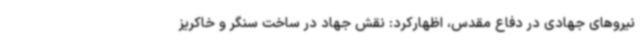
نیروهای جهادی در دفاع مقدس، اظهارکرد: نقش جهاد در ساخت سنگر و خاکریز